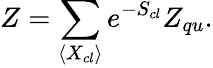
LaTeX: Z=\sum_{\langle X_{cl}\rangle}e^{-S_{cl}}Z_{qu}.